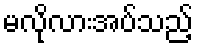
မလိုလားအပ်သည့်